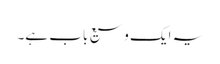
یہ ایک وسیع باب ہے۔